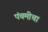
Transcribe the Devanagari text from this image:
पंचमीचा